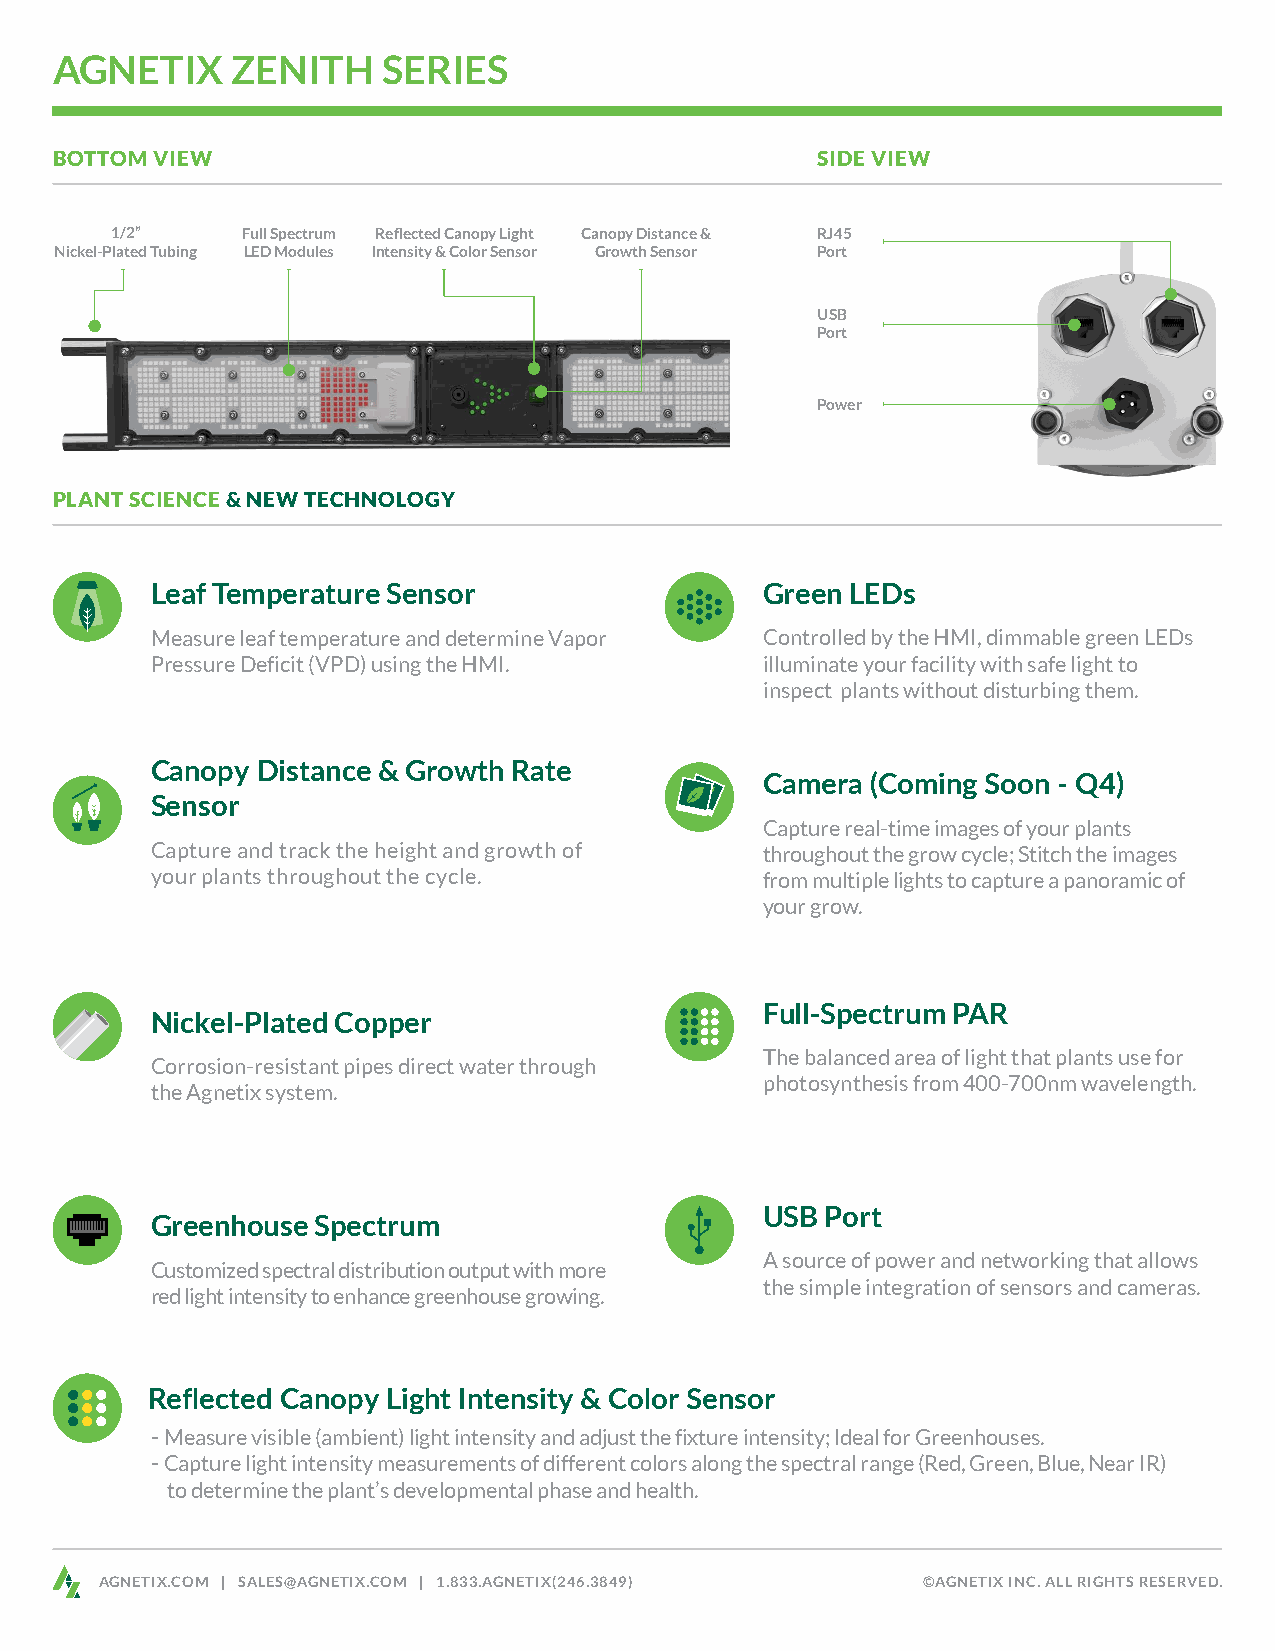
AGNETIX     ZENITH    SERIES
 BOTTOM VIEW                                        SIDE VIEW
 1/2”     Full Spectrum Reflected Canopy Light Canopy Distance & RJ45
 Nickel-Plated Tubing LED Modules Intensity & Color Sensor Growth Sensor Port
 USB
 Port
 Power
 PLANT SCIENCE & NEW TECHNOLOGY
 Leaf Temperature Sensor                  Green LEDs
 Measure leaf temperature and determine Vapor Controlled by the HMI, dimmable green LEDs
 Pressure Deficit (VPD) using the HMI.    illuminate your facility with safe light to
 inspect plants without disturbing them.
 Canopy Distance & Growth Rate
 Camera (Coming Soon - Q4)
 Sensor
 Capture real-time images of your plants
 Capture and track the height and growth of throughout the grow cycle; Stitch the images
 your plants throughout the cycle.        from multiple lights to capture a panoramic of
 your grow.
 Full-Spectrum PAR
 Nickel-Plated Copper
 The balanced area of light that plants use for
 Corrosion-resistant pipes direct water through
 photosynthesis from 400-700nm wavelength.
 the Agnetix system.
 USB Port
 Greenhouse Spectrum
 A source of power and networking that allows
 Customized spectral distribution output with more
 the simple integration of sensors and cameras.
 red light intensity to enhance greenhouse growing.
 Reflected Canopy Light Intensity & Color Sensor
 -Measure visible (ambient) light intensity and adjust the fixture intensity; Ideal for Greenhouses.
 -Capture light intensity measurements of different colors along the spectral range (Red, Green, Blue, Near IR)
 to determine the plant’s developmental phase and health.
 AGNETIX.COM | SALES@AGNETIX.COM | 1.833.AGNETIX(246.3849) ©AGNETIX INC. ALL RIGHTS RESERVED.